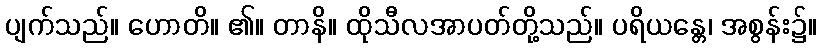
ပျက်သည်။ ဟောတိ။ ၏။ တာနိ။ ထိုသီလအာပတ်တို့သည်။ ပရိယန္တေ၊ အစွန်း၌။